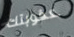
عقوبتك